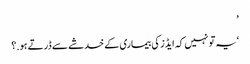
’
‘یہ تو نہیں کہ ایڈز کی بیماری کے خدشے سے ڈرتے ہو.؟